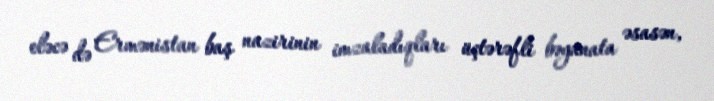
eləcə də Ermənistan baş nazirinin imzaladıqları üçtərəfli bəyanata əsasən,